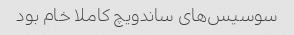
سوسیس‌های ساندویچ کاملا خام بود